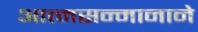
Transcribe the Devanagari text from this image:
आत्मसन्मानाने